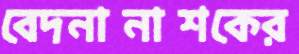
বেদনানাশকের